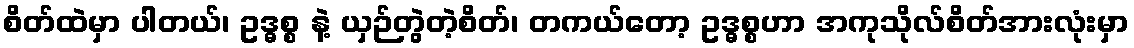
စိတ်ထဲမှာ ပါတယ်၊ ဥဒ္ဓစ္စ နဲ့ ယှဉ်တွဲတဲ့စိတ်၊ တကယ်တော့ ဥဒ္ဓစ္စဟာ အကုသိုလ်စိတ်အားလုံးမှာ